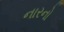
નારનો